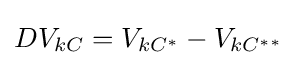
DV_{kC}=V_{kC^{*}}-V_{kC^{**}}